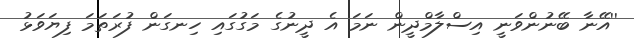
''އޭނާ ބޭނުންވަނީ އިސްލާމްދީން ނަމަ އެ ދީނުގެ މަގުގައި ހިނގަން ފުރަތަމަ ފިޔަވަޅު